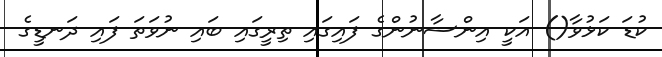
ކުޑަ ކަޅުވާ() އަކީ އިންސާނުންގެ ފައިގައި ތިރީގައި ބައި ނުވަތަ ފައި ދަނޑީގެ